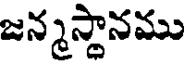
జన్మస్థానము